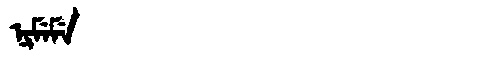
Manchu: ᠨᡳᠮᡝᠮᡝ
Romanization: NIMEME